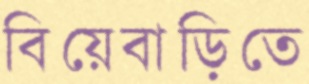
বিয়েবাড়িতে